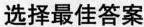
选择最佳答案